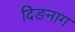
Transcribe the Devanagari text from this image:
दिङनाग